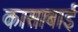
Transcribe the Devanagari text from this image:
कासाबाई